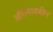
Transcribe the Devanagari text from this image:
ऑरोमायसीन